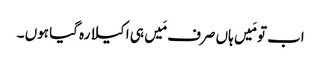
اب تو مَیں ہاں صرف مَیں ہی اکیلا رہ گیا ہوں ۔